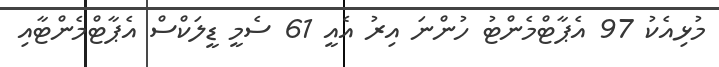
މުޅިއެކު 97 އެޕާޓްމެންޓު ހުންނަ އިރު އެއީ 61 ސެމީ ޑީލަކްސް އެޕާޓްމެންޓާއި